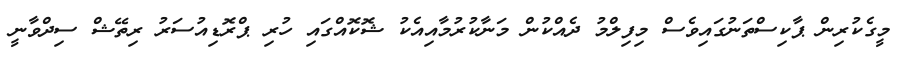
މީގެކުރިން ޕާކިސްތަނުގައިވެސް މިފިލްމު ދެއްކުން މަނާކުރުމާއިއެކު ޝޮކޮއްގައި ހުރި ޕްރޮޑިއުސަރު ރިތޭޝް ސިދްވާނީ